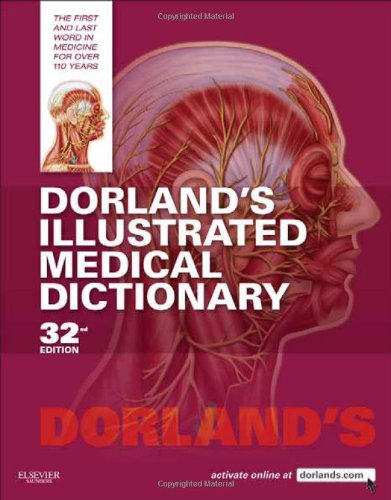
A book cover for Dorland's Illustrated Medical Dictionary, 32e (Dorland's Medical Dictionary); Dorland; Medical Books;